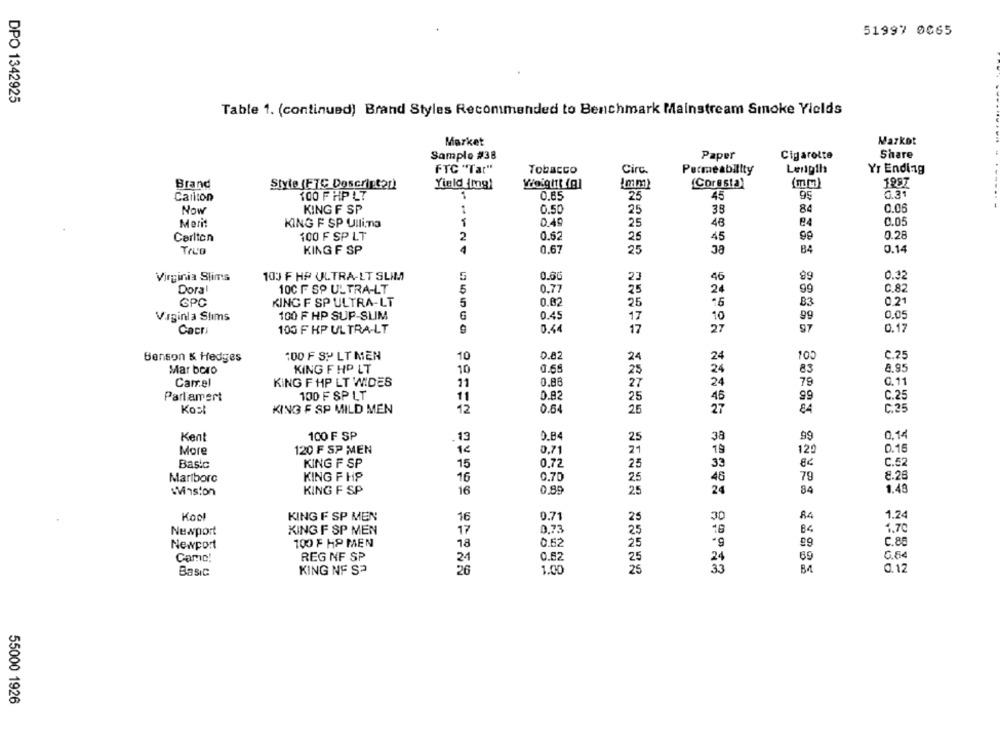
51997 0065
DPO 1342925
Table 1. (continued) Brand Styles Recommended to Benchmark Mainstream Smoke Yields
Market
Market
Sample #38
Paper
Cigarette
Share
FTC "Tar"
Tobacco
Circ.
Permeability
Length
Yr Ending
Brand
Style (FTC Descript ?! )
Yield mgl
Weightt (gl
1mm)
[Coresta)
(mm)
1997
1
0.31
Carton
100 F HP LT
0.65
25
45
95
84
0.06
Now
KING F SP
0.50
25
38
Merit
0.49
0.05
KING F SP Ulli,na
25
48
Carlton
100 F SP LT
2
0.62
45
0.28
25
Trun
KING F SP
0.67
25
38
B4
0.14
0.66
Virginia Slims
10J F HP ULTRA-LT SLIM
23
46
99
0.32
Doral
10C F SP ULTRA-LT
0.77
24
99
C.82
25
GPC
KING F SP ULTRA-LT
5
0.82
25
16
83
0.21
Virginla Slims
100 F HP SUP-SLIM
0.45
17
10
99
0.05
Caer
105 F HP ULTRA-LT
0.44
17
27
97
0.17
100 F SY LT MEN
10
0.82
24
C.25
Benson & Hedges
24
Mar boro
KING F HP LT
10
0.65
28
24
83
8.95
Carrel
KING F HP LT WIDES
11
0,86
27
24
79
0.11
Parlamert
100 F SP LT
11
0.82
25
45
99
C.25
12
0.64
27
84
C.25
Kost
KING F SP MILD MEN
25
Kent
100 F SP
13
0.84
25
38
99
0.14
More
120 F SP MEN
0,71
21
19
120
0.16
Basic
KING F SP
15
0.72
25
33
C.52
8.28
Mariborc
KING F HP
16
0.70
25
46
79
24
34
1.48
KING F SP
16
0.85
25
Kool
KING F SP MEN
16
0.71
25
30
84
1.24
Newport
KING F SP MEN
17
0,73
25
18
84
1.70
C.86
Newport
100 F HP MEN
18
0.62
25
REG NF SP
24
25
69
6.64
Camo!
0.52
24
Basic
KING NF Sª
26
1.00
25
33
BA
0.12
55000 1926